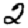
Digit: 2